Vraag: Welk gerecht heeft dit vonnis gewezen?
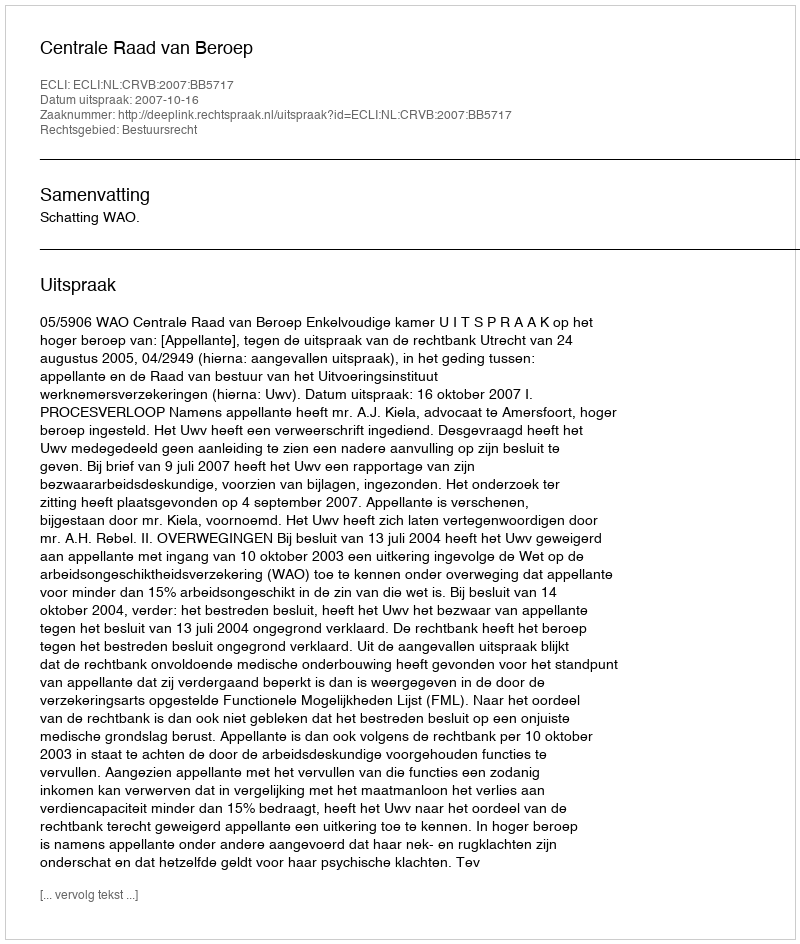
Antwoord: Centrale Raad van Beroep